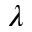
\lambda